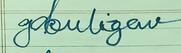
Signature authenticity: forged